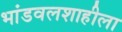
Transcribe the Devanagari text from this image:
भांडवलशाहीला